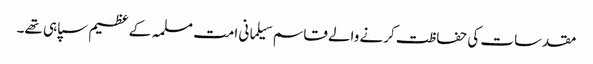
مقدسات کی حفاظت کرنے والے قاسم سیلمانی امت مسلمہ کے عظیم سپاہی تھے۔